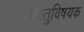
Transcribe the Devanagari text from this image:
वस्तुविषयक